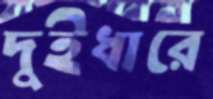
দুইধারে